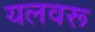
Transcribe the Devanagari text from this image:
यलवरू